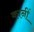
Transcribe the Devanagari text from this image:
कानीं